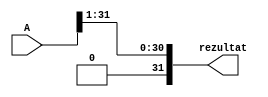
module shiftareStanga(
    input [31:0] A,
    output [31:0] rezultat
);

integer i;
reg [31:0] rez;

always @(*) begin
    for(i = 0; i < 32; i = i + 1) begin
        if(i == 31) begin
            rez[i] = 0;
        end
        else begin
            rez[i] = A[i + 1];
        end
    end
end

assign rezultat = rez;

endmodule

module shiftareDreapta(
    input [31:0] A,
    output [31:0] rezultat
);

integer i;
reg [31:0] rez;

always @(*) begin
    for(i = 31; i >= 0; i = i - 1) begin
        if(i == 31) begin
            rez[i] = 0;
        end
        else begin
            rez[i] = A[i + 1];
        end
    end
end

assign rezultat = rez;

endmodule